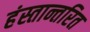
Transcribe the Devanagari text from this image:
हंस्तान्तरित